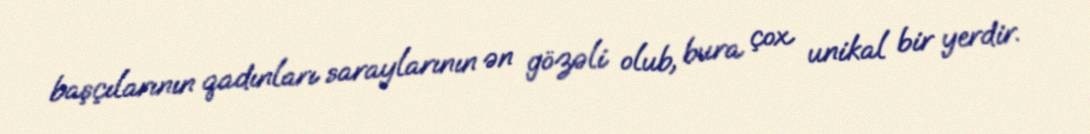
başçılarının qadınları saraylarının ən gözəli olub, bura çox unikal bir yerdir.